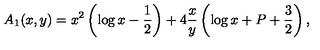
A _ { 1 } ( x , y ) = x ^ { 2 } \left( \log x - \frac 1 2 \right) + 4 \frac x y \left( \log x + P + \frac 3 2 \right) ,